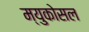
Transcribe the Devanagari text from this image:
म्युकोसल